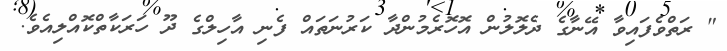
" ރަތްވެފައިވާ އޭނާގެ ދެލޮލުން އޮހޮރެމުންދާ ކަރުނަތައް ފެނި އާހިލްގެ ދޫ ހަރަކާތްކޮއްލިއެވެ.